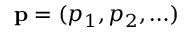
\mathbf { p } = ( p _ { 1 } , p _ { 2 } , \ldots )